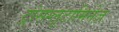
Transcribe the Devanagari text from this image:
ट्रांसग्लूटामिनेज़